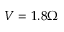
V = 1 . 8 \Omega